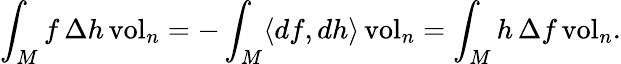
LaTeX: \int_{M}f\, \Delta h\operatorname{vol}_{n}=-\int_{M}\langle df,dh\rangle\operatorname{vol}_{n}=\int_{M}h\, \Delta f\operatorname{vol}_{n}.